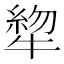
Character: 𰠺